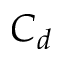
C _ { d }